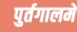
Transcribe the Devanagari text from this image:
पुर्तगालमें